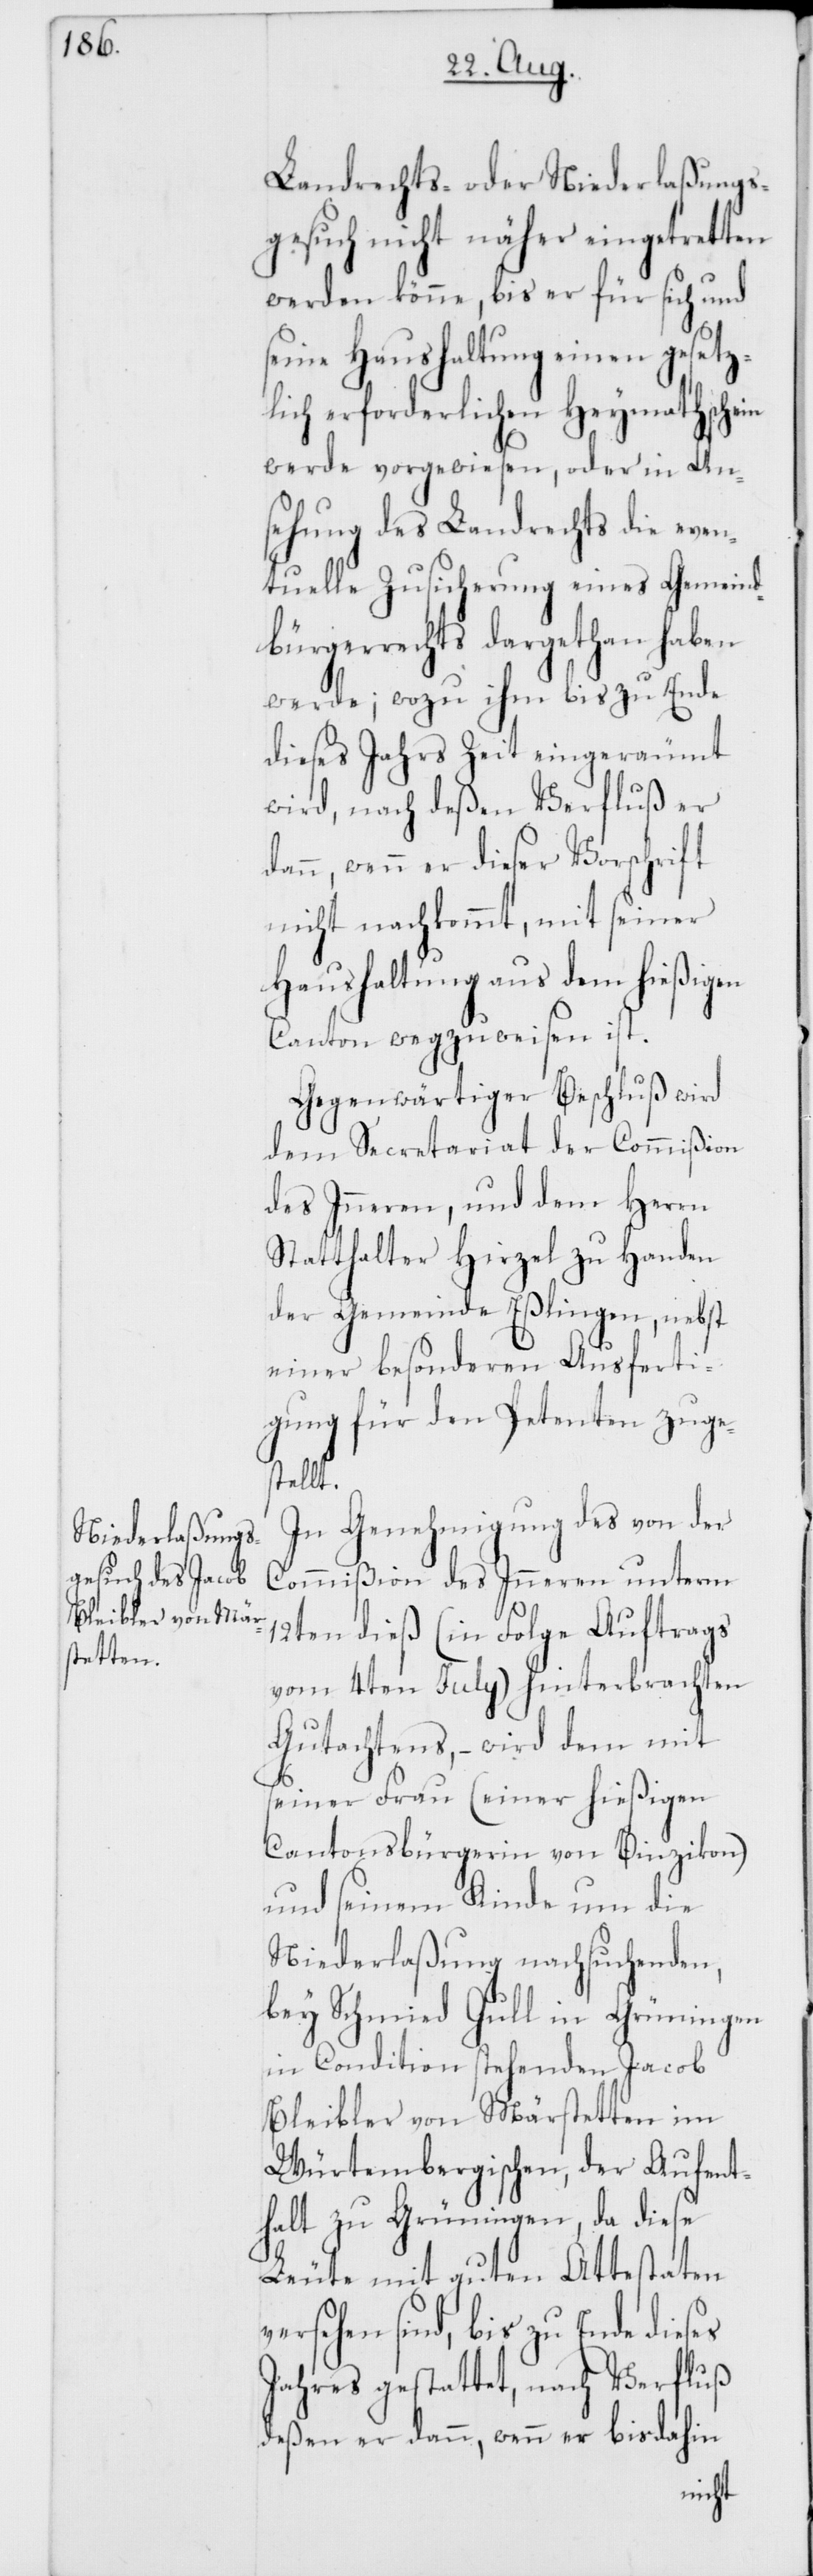
Landrechts- oder Niederlaßungs¬
gesuch nicht näher eingetretten
werden könne, bis er für sich und
seine Haushaltung einen gesetz¬
lich erforderlichen Heymathschein
werde vorgewiesen, oder in An¬
sehung des Landrechts die even¬
tuelle Zusicherung eines Gemeind¬
bürgerrechts dargethan haben
werde; wozu ihm bis zu Ende
dieses Jahres Zeit eingeräumt
wird, nach deßen Verfluß er
dann, wenn er dieser Vorschrift
nicht nachkommt, mit seiner
Haushaltung aus dem hießigen
Canton wegzuweisen ist.
Gegenwärtiger Beschluß wird
dem Secretariat der Commißion
des Inneren, und dem Herrn
Statthalter Hirzel zu Handen
der Gemeinde Eßlingen, nebst
einer besonderen Ausferti¬
gung für den Petenten zuge¬
stellt.
In Genehmigung des von der
Commißion des Inneren unterm
12ten dieß (in Folge Auftrags
vom 4ten Julii) hinterbrachten
Gutachtens, – wird dem mit
seiner Frau (einer hießigen
Cantonsbürgerin von Binzikon)
und seinem Kinde um die
Niederlaßung nachsuchenden,
bey Schmied Gull in Grüningen
in Condition stehenden Jacob
Bleibler von Märstetten im
Würtembergischen, der Aufent¬
halt zu Grüningen, da diese
Leute mit guten Attestaten
sind, bis zu Ende dieses
Jahres gestattet, nach Verfluß
deßen er dann, wenn er bis dahin